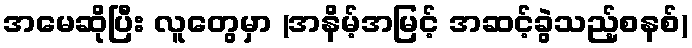
အမေဆိုပြီး လူတွေမှာ (အနိမ့်အမြင့် အဆင့်ခွဲသည့်စနစ်)